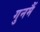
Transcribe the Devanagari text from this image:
गुनमैं